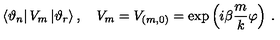
\left\langle \vartheta _ { n } \right| V _ { m } \left| \vartheta _ { r } \right\rangle , \quad V _ { m } = V _ { ( m , 0 ) } = \exp \left( { i \beta } \frac { m } { k } \varphi \right) \: .